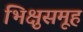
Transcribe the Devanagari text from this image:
भिक्षुसमूह